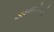
અડસઠતીરથની